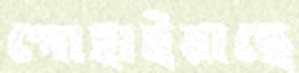
পোহাইয়াছে